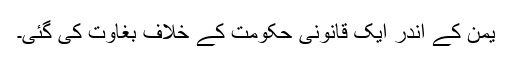
یمن کے اندر ایک قانونى حکومت کے خلاف بغاوت کى گئى۔